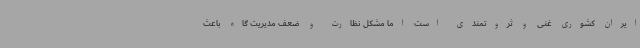
ایران کشوری غنی و ثروتمندی است اما مشکل نظارت و ضعف مدیریت گاه باعث